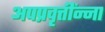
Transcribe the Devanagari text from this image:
अपप्रवृत्तींन्ना